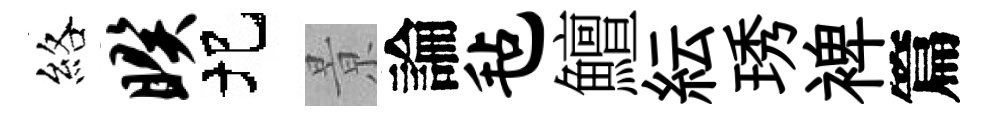
絡暌圯㬌論毡鱣紜琇裨篇